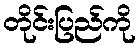
တိုင်းပြည်ကို